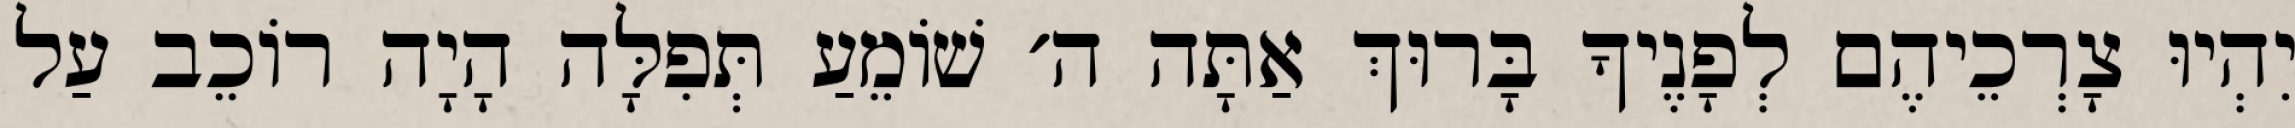
יִהְיוּ צָרְכֵיהֶם לְפָנֶיךָ בָּרוּךְ אַתָּה ה׳ שׁוֹמֵעַ תְּפִלָּה הָיָה רוֹכֵב עַל